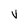
Character: V